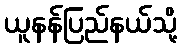
ယူနန်ပြည်နယ်သို့